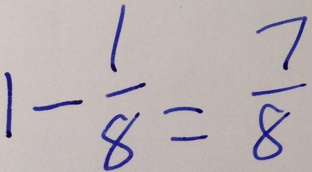
1 - \frac { 1 } { 8 } = \frac { 7 } { 8 }